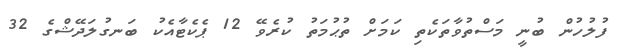
ފުލުހުން ބުނީ މަސްތުވާތަކެތި ކަމަށް ތުޙުމަތު ކުރެވޭ 12 ޕެކެޓާއެކު ބަނގުލަދޭޝްގެ 32